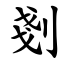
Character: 剗